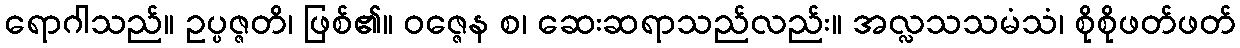
ရောဂါသည်။ ဥပ္ပဇ္ဇတိ၊ ဖြစ်၏။ ဝဇ္ဇေန စ၊ ဆေးဆရာသည်လည်း။ အလ္လသသမံသံ၊ စိုစိုဖတ်ဖတ်